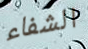
الشفاء